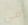
في